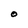
Character: O